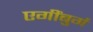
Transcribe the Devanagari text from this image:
एगींबुर्ग